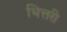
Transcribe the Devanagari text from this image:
भित्तरी